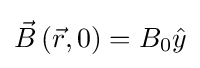
{\vec {B}}\left({\vec {r}},0\right)=B_{0}{\hat {y}}